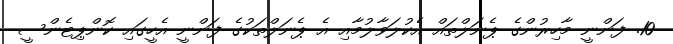
10. ފަންނީ މާހިރުންގެ ޕެނަލްތައް އެކުލަވާލުމާއި އެ ޕެނަލްތަކުގެ ފަންނީ އެހީގައި ކޮންޕިޓެންސީ